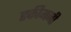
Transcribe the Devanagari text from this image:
हकीमजी